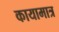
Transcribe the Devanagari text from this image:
कायामात्र